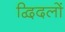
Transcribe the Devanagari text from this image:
द्विदलों